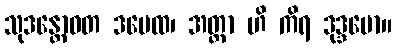
သုဒန္တောဝတ ဒမေထ၊ အတ္တာ ဟိ ကိရ ဒုဒ္ဒမော။